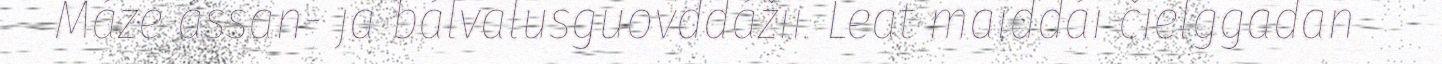
Máze ássan- ja bálvalusguovddážii. Leat maiddái čielggadan